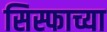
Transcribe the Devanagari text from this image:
सिस्फाच्या